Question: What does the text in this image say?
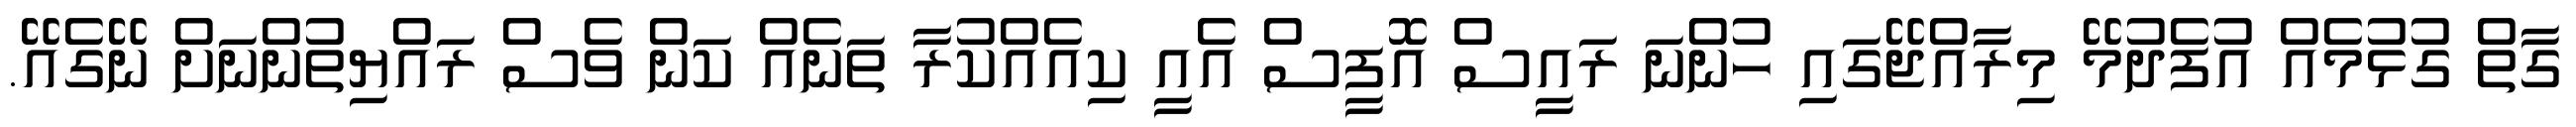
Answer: ގާތް ގުޅުމެއް އުފެދުމޭ މިރާއްޖޭގައި ހުންނަ ރައީސް އޮފީސް އެއީ ކިއެއްކުރާ ތަނެއް ކަން ވެސް ރައްޔިތުންނަށް ނޭގެއޭ.